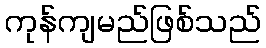
ကုန်ကျမည်ဖြစ်သည်